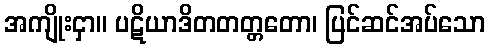
အကျိုးငှာ။ ပဋိယာဒိတတတ္တတော၊ ပြင်ဆင်အပ်သော